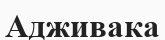
Адживака